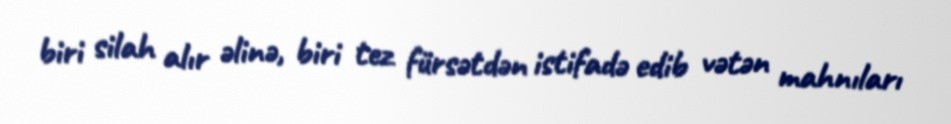
biri silah alır əlinə, biri tez fürsətdən istifadə edib vətən mahnıları